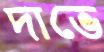
দাভে